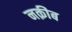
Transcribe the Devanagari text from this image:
नक़ीब